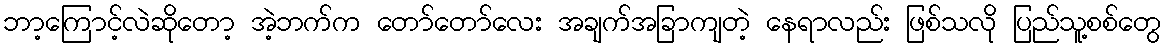
ဘာ့ကြောင့်လဲဆိုတော့ အဲ့ဘက်က တော်တော်လေး အချက်အခြာကျတဲ့ နေရာလည်း ဖြစ်သလို ပြည်သူ့စစ်တွေ